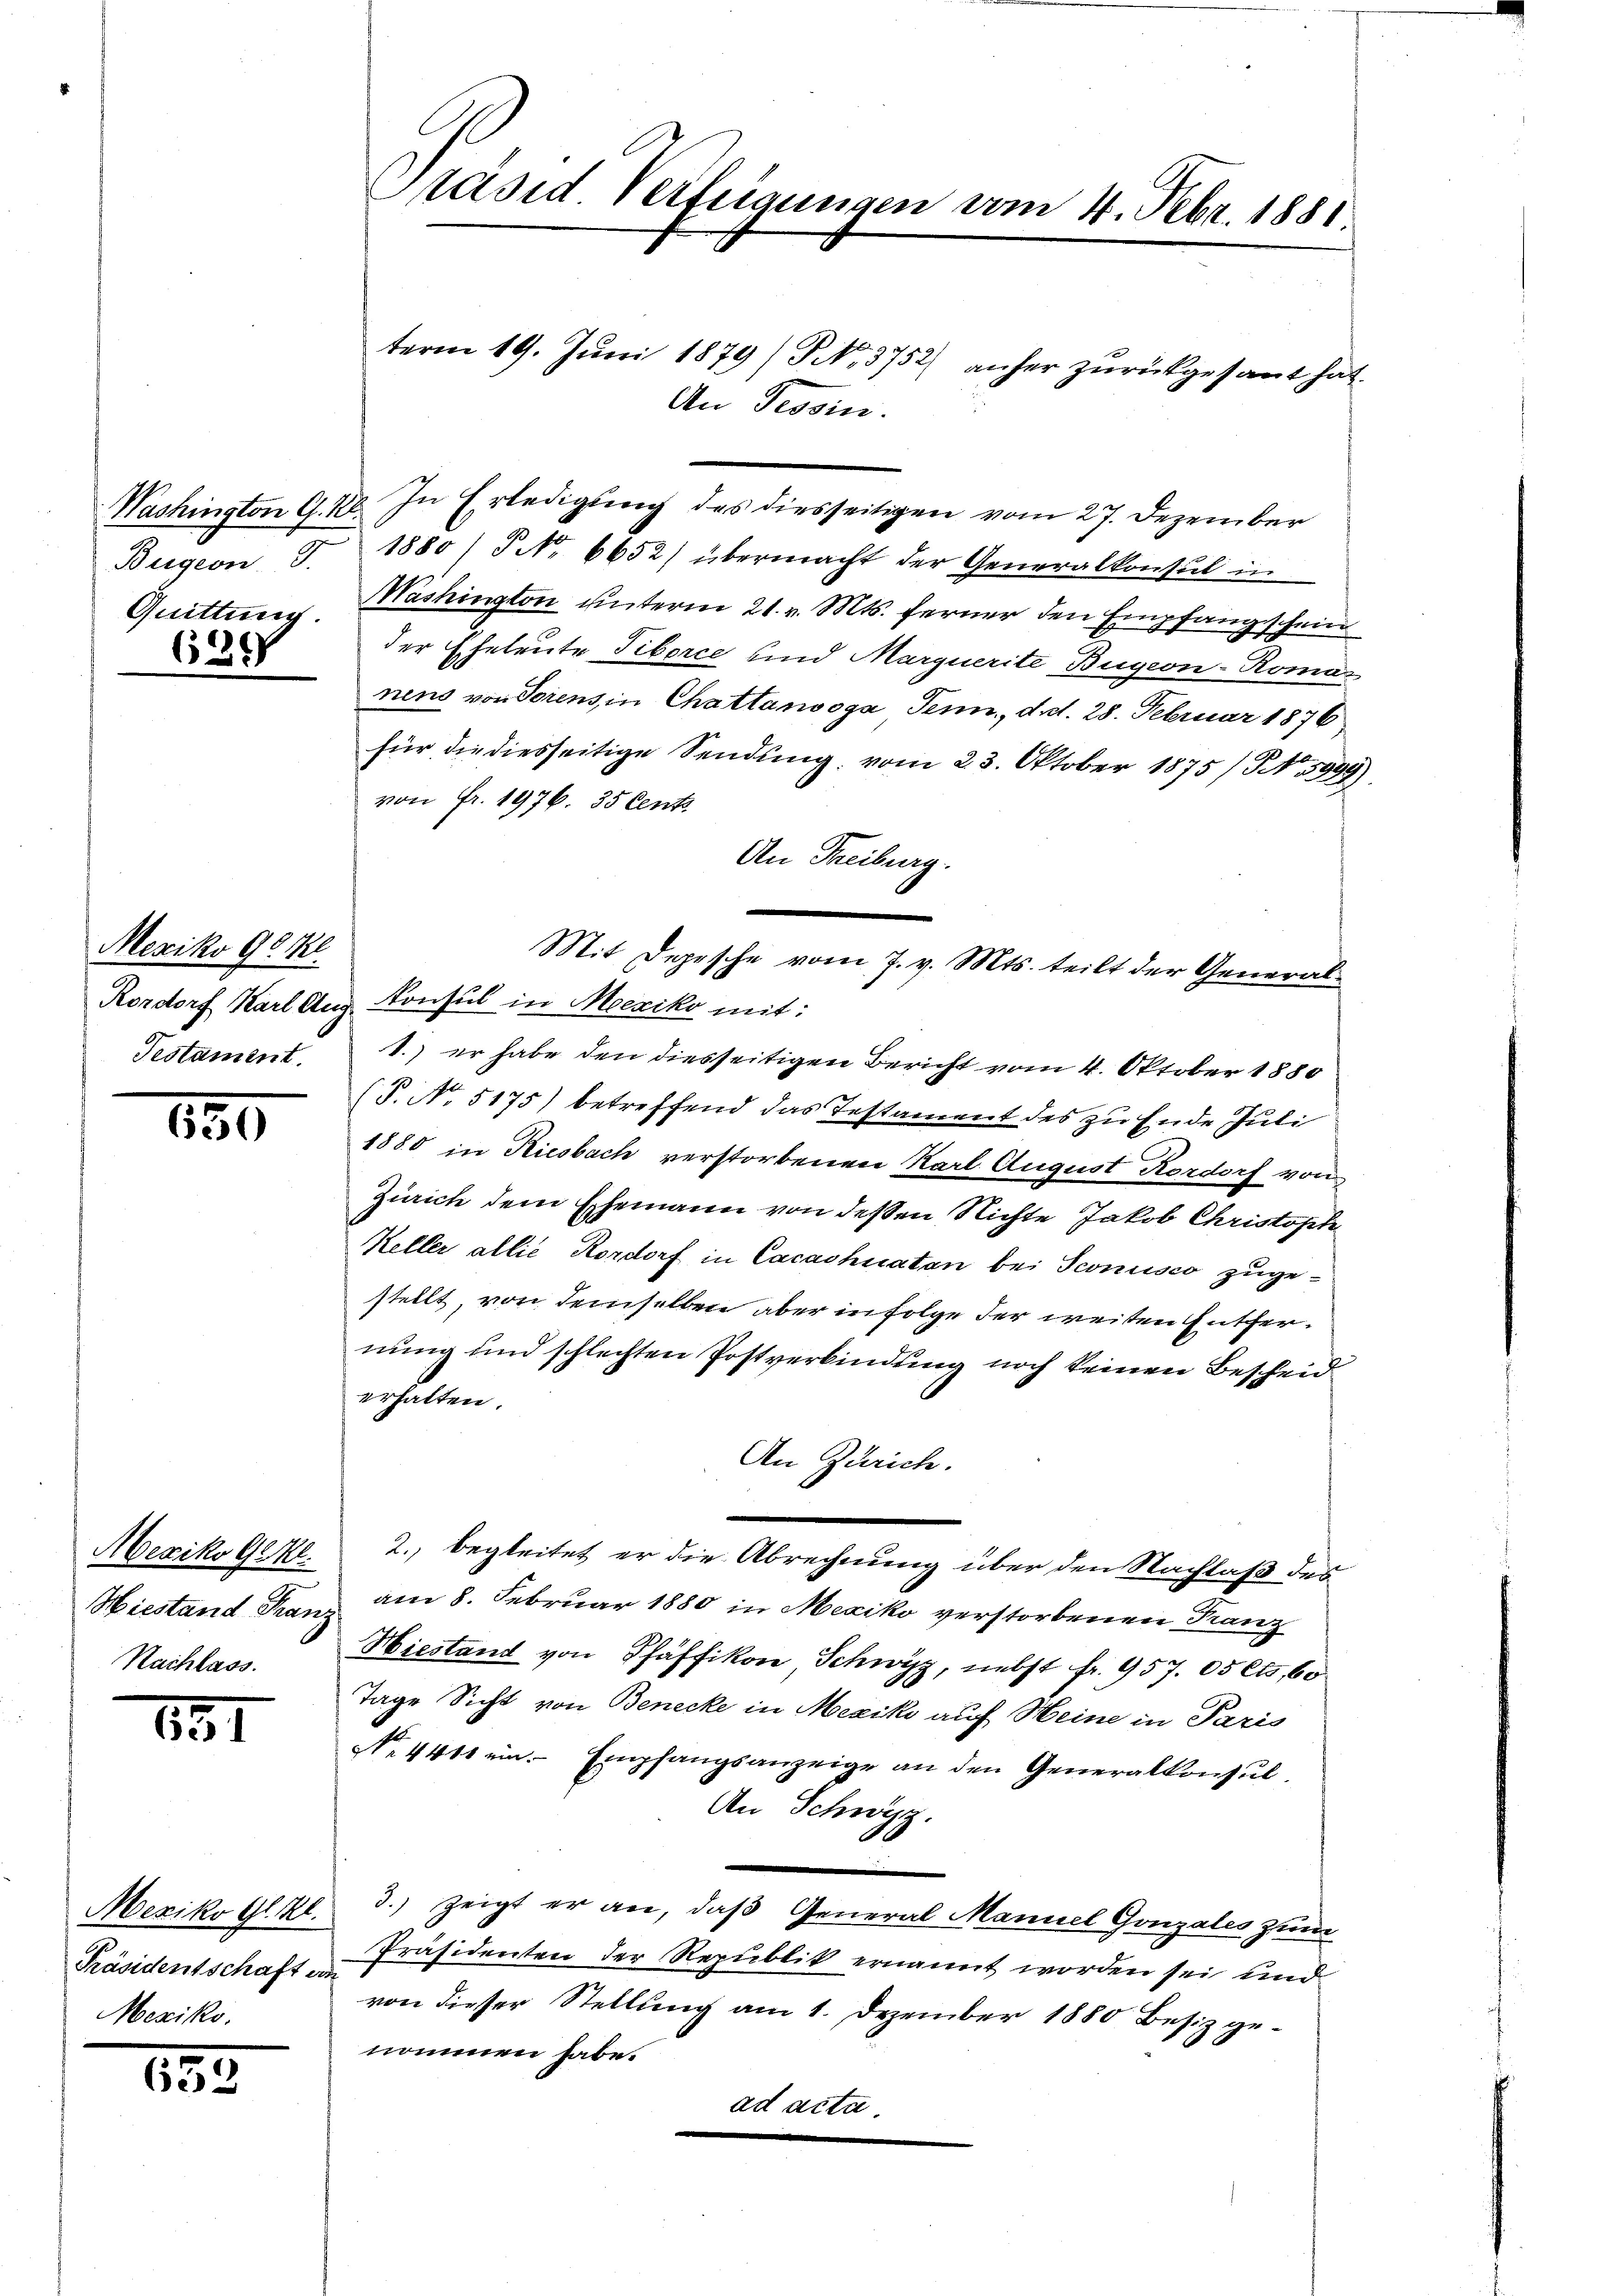
Washington G. 16.
Quittung.

623 f

Mexiko 90 Kl
Testament.

150

Mexiko Gekl
Hiestand Franz
Nachlass.

131

Mexiko Gl. Kl.
Präsidentschaft an
Mexiko.

1355

Präsid Verfügungen vom 4. Febr. 1881

term 19. Juni 1879/ N. 3752) anher zurückgesant hat.
A
i de
.
In Erledigung des diesseitigen vom 27. Dezember
Bügeon F. 1880/ P No 6652) übermacht der Generalkonsul in
Mashington unterm 21. v. Mts. ferner den Empfangschein
der Eheleute Tiborce und Marquerite Bügeon-Roma
nens von Torens, in Chattanooga Jenn, dat. 28. Februar 1876
für die diesseitige Sendung vom 23. Oktober 1875 / No. 5999)
von Fr. 1976. 35 Cent
An Freiburg.
Rordorf Karl Augs Konsul in Mexiko mit:
1.) er habe den diesseitigen Bericht vom 4. Oktober 1880
(P. No. 5175) betreffend das Testament des zu Ende Juli
1880 in Riesbach verstorbenen Karl August Rordorf von
Zürich dem Ehemann von deßen Nichte Jakob Christoph
Keller allie Rordorf in Cacachnaten bei Sconiuisco zugestellt, von demselben aber in Folge der weiten Entfernung und schlechten Postverbindung noch keinen Bescheid
erhalten.
An Zürich.
2., begleitet er die Abrechnung über den Nachlaß des
am 8. Februar 1880 in Mexiko verstorbenen Kanz
Hiestand von Pfäffikon Schwyz, nebst fr. 957. 05 Cts. 60
Tage Sicht von Benecke in Mexiko auf Heine in Paris
N. 4411 ein Empfangsanzeige an den Generalkonsŭl.
An Schwyz.
3.) zeigt er an, daß General Mannel Gonzales zum
Präsidenten der Republik ernannt worden sei und
von dieser Stellung am 1. Dezember 1880 Besiz genommen habe.
ad acta.

Mit Depesche vom 7. v. Mts. teilt der General-